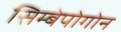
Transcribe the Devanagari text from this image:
सिम्बेपोगोन